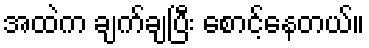
အထဲက ချက်ချပြီး စောင့်နေတယ်။